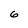
Character: 6